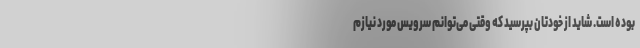
بوده است. شاید از خودتان بپرسید که وقتی می‌توانم سرویس مورد نیازم